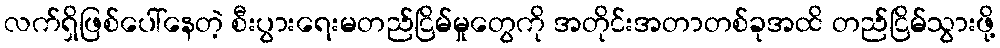
လက်ရှိဖြစ်ပေါ်နေတဲ့ စီးပွားရေးမတည်ငြိမ်မှုတွေကို အတိုင်းအတာတစ်ခုအထိ တည်ငြိမ်သွားဖို့